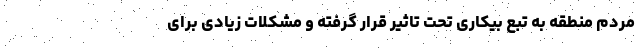
مردم منطقه به تبع بیکاری تحت تاثیر قرار گرفته و مشکلات زیادی برای